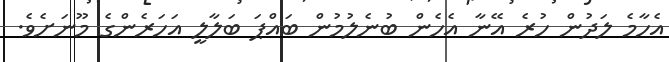
އެހާމެ ލަދުން ހުރެ އޭނާ އެހެން ބުނެލުމުން ބައްޕަ ބަލާލީ އަހަރެންގެ މޫނަށެވެ.